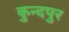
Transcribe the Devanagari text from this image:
कुन्दपुर